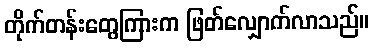
တိုက်တန်းတွေကြားက ဖြတ်လျှောက်လာသည်။